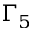
\Gamma _ { 5 }